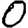
Digit: 0